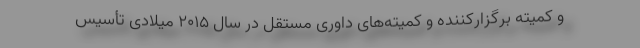
و کمیته برگزارکننده و کمیته‌های داوری مستقل در سال ۲۰۱۵ میلادی تأسیس